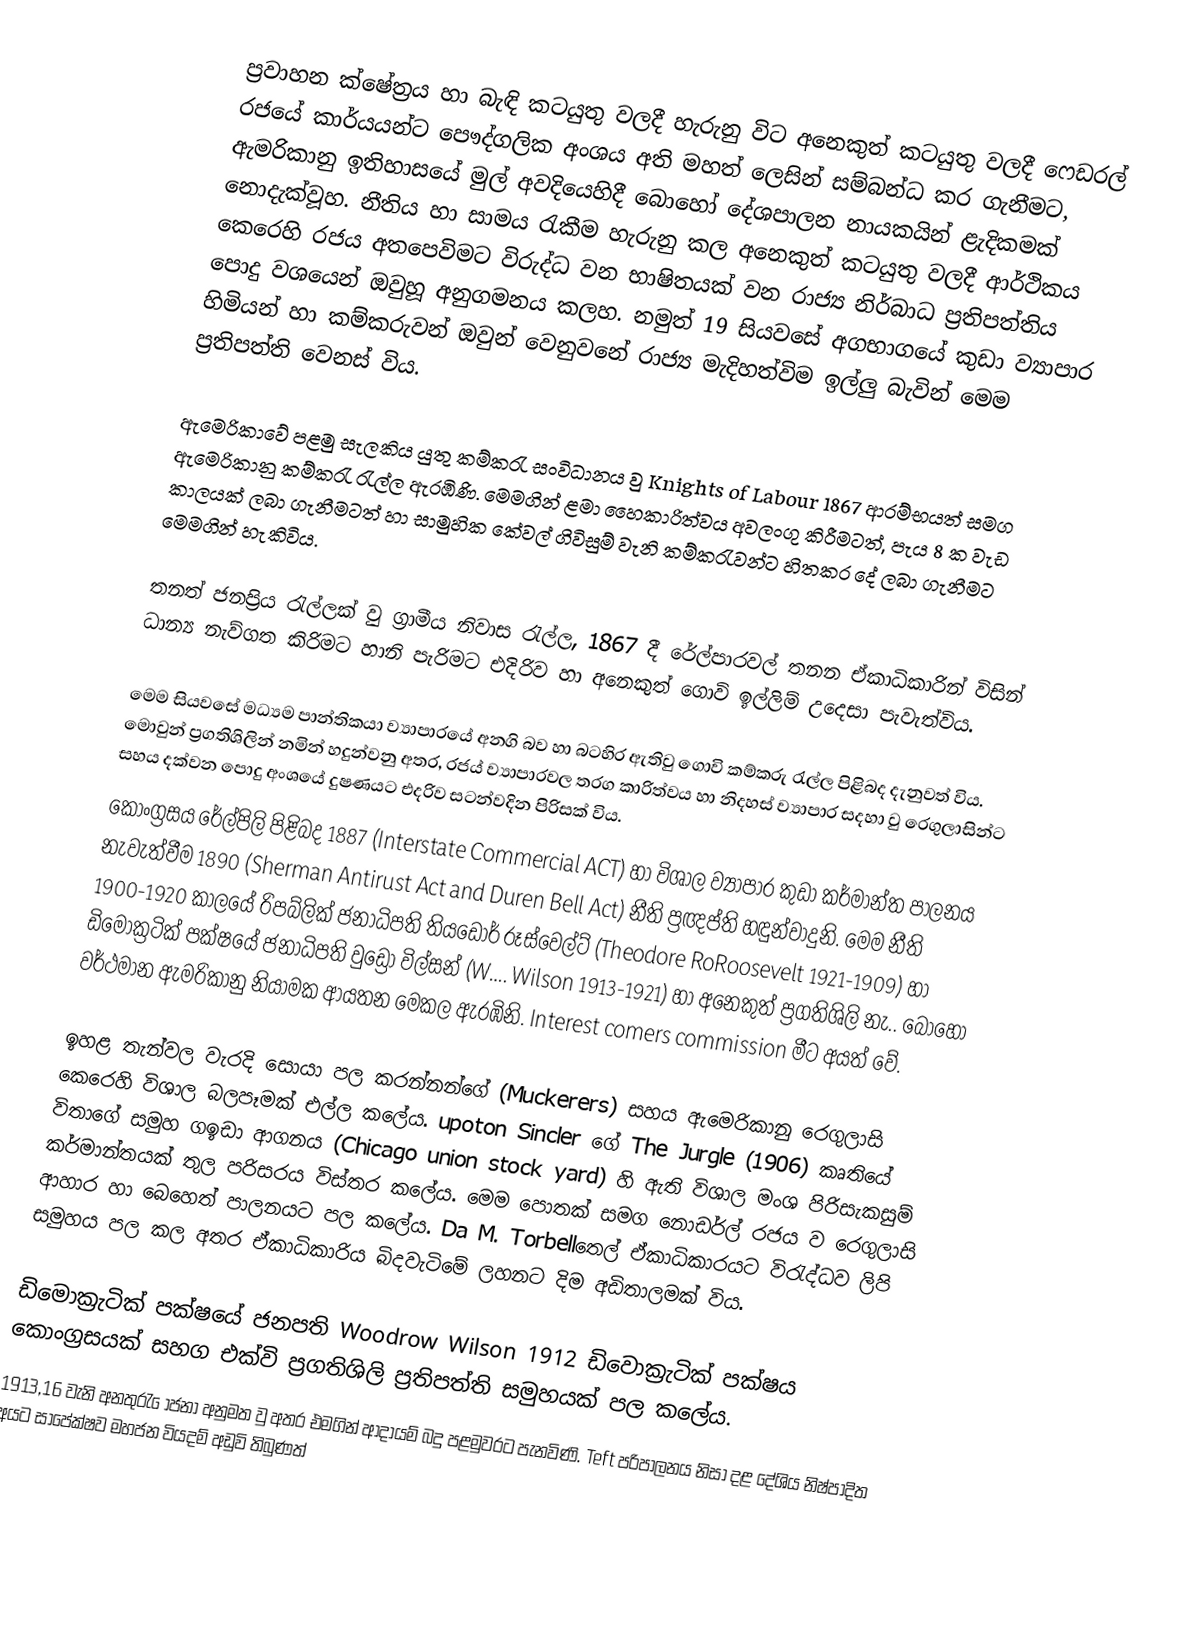
ප්‍රවාහන ක්ෂේත්‍රය හා බැඳි කටයුතු වලදී හැරුනු විට අනෙකුත් කටයුතු වලදී  ෆෙඩරල් රජයේ කාර්යයන්ට  පෞද්ගලික අංශය අති මහත් ලෙසින් සම්බන්ධ කර ගැනීමට,  ඇමරිකානු ඉතිහාසයේ මුල් අවදියෙහිදී බොහෝ දේශපාලන නායකයින් ළැදිකමක් නොදැක්වූහ. නීතිය හා සාමය රැකීම හැරුනු කල අනෙකුත් කටයුතු වලදී ආර්ථිකය කෙරෙහි රජය අතපෙවිමට විරුද්ධ වන භාෂිතයක් වන රාජ්‍ය නිර්බාධ ප්‍රතිපත්තිය පොදු වශයෙන් ඔවුහූ අනුගමනය කලහ. නමුත් 19 සියවසේ අගභාගයේ කුඩා ව්‍යාපාර හිමියන් හා කම්කරුවන් ඔවුන් වෙනුවනේ රාජ්‍ය මැදිහත්විම ඉල්ලු බැවින් මෙම ප්‍රතිපත්ති වෙනස් විය.

ඇමෙරිකාවේ පළමු සැලකිය යුතු කම්කරැ සංවිධානය වු Knights of Labour 1867  ආරම්භයත් සමග ඇමෙරිකානු කම්කරැ රැල්ල ඇරඹිණි. මෙමගින් ළමා හෛකාරිත්වය අවලංගු කිරීමටත්, පැය 8 ක වැඩ කාලයක් ලබා ගැනීමටත් හා සාමුහික කේවල් ගිවිසුම් වැනි කම්කරැවන්ට හිතකර දේ ලබා ගැනීමට මෙමගින් හැකිවිය.

තනත් ජනප්‍රිය රැල්ලක් වු ග්‍රාමීය නිවාස රැල්ල, 1867 දී රේල්පාරවල් තනන ඒකාධිකාරින් විසින් ධාන්‍ය නැව්ගත කිරිමට හානි පැරිමට එදිරිව හා අනෙකුත් ගොවි ඉල්ලිම් උදෙසා පැවැත්විය.

මෙම සියවසේ මධ්‍යම පාන්තිකයා ව්‍යාපාරයේ අනගි බව හා බටහිර ඇතිවු ගොවි කම්කරු රැල්ල පිළිබද දැනුවත් විය. මොවුන් ප්‍රගතිශිලින් නමින් හදුන්වනු අතර, රජය් ව්‍යාපාරවල තරග කාරිත්වය හා නිදහස් ව්‍යාපාර සදහා වු රෙගුලාසින්ට සහය දක්වන ‍පොදු අංශයේ දුෂණයට එදරිව සටන්වදින පිරිසක් විය.
කොංග්‍රසය රේල්පිලි පිළිබද 1887 (Interstate Commercial ACT) හා විශාල ව්‍යාපාර කුඩා කර්මාන්ත පාලනය නැවැත්වීම 1890 (Sherman Antirust Act and Duren Bell Act) නීති ප්‍රඥප්ති හඳුන්වාදුනි. මෙම නීති 1900-1920 කාලයේ රිපබ්ලික් ජනාධිපති තියඩෝර් රූස්වෙල්ට් (Theodore RoRoosevelt 1921-1909) හා ඩිමොක්‍රටික් පක්ෂයේ ජනාධිපති වුඩ්‍රෝ විල්සන් (W…. Wilson 1913-1921) හා අනෙකුත් ප්‍රගතිශිලි නැ.. බොහෝ වර්ථමාන ඇමරිකානු නියාමක ආයතන මෙකල ඇරඹිනි.  Interest comers commission  මීට අයත් වේ.

ඉහළ තැන්වල වැරදි සොයා පල කරන්නන්ගේ (Muckerers) සහය ඇමෙරිකානු රෙගුලාසි කෙරෙහි විශාල බලපෑමක් එල්ල ක‍ලේය. upoton Sincler  ගේ The Jurgle   (1906) කෘතියේ විතාගේ සමුහ ගඉඩා ආගනය (Chicago union stock yard) හි ඇති විශාල මංශ පිරිසැකසුම් කර්මාන්තයක් තුල පරිසරය විස්තර කලේය. මෙම පොතක් සමග නොඩර්ල් රජය ව රෙගුලාසි ආහාර හා බෙහෙත් පාලනයට පල කලේය. Da M. Torbellතෙල් ඒකාධිකාරයට විරැද්ධව ලිපි සමුහය පල කල අතර ඒකාධිකාරිය බිදවැටිමේ ලහනට දිම අඩිතාලමක් විය.

ඩි‍මොක්‍රැටික් පක්ෂයේ ජනපති Woodrow Wilson 1912 ඩිවොක්‍රැටික් පක්ෂය කොංග්‍රසයක් සහග එක්වි ප්‍රගතිශිලි ප්‍රතිපත්ති සමුහයක් පල කලේය.
1913,16 වැනි අනතුරැ ‍ෝජනා අනුමත වු අතර එමගින් ආදායම් බදු පළමුවරට පැනවිණි. Teft පරිපාලනය නිසා දළ දේශිය නිෂ්පාදිත අයට සාපේක්ෂව මහජන වියදම් අඩුවි තිබුණත්